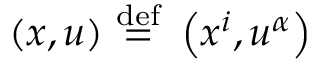
( x , u ) \ { \stackrel { \mathrm { d e f } } { = } } \ \left( x ^ { i } , u ^ { \alpha } \right)